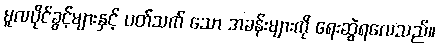
မူလပိုင်ခွင့်များနှင့် ပတ်သက် သော အခန်းများကို ရေးဆွဲရလေသည်။